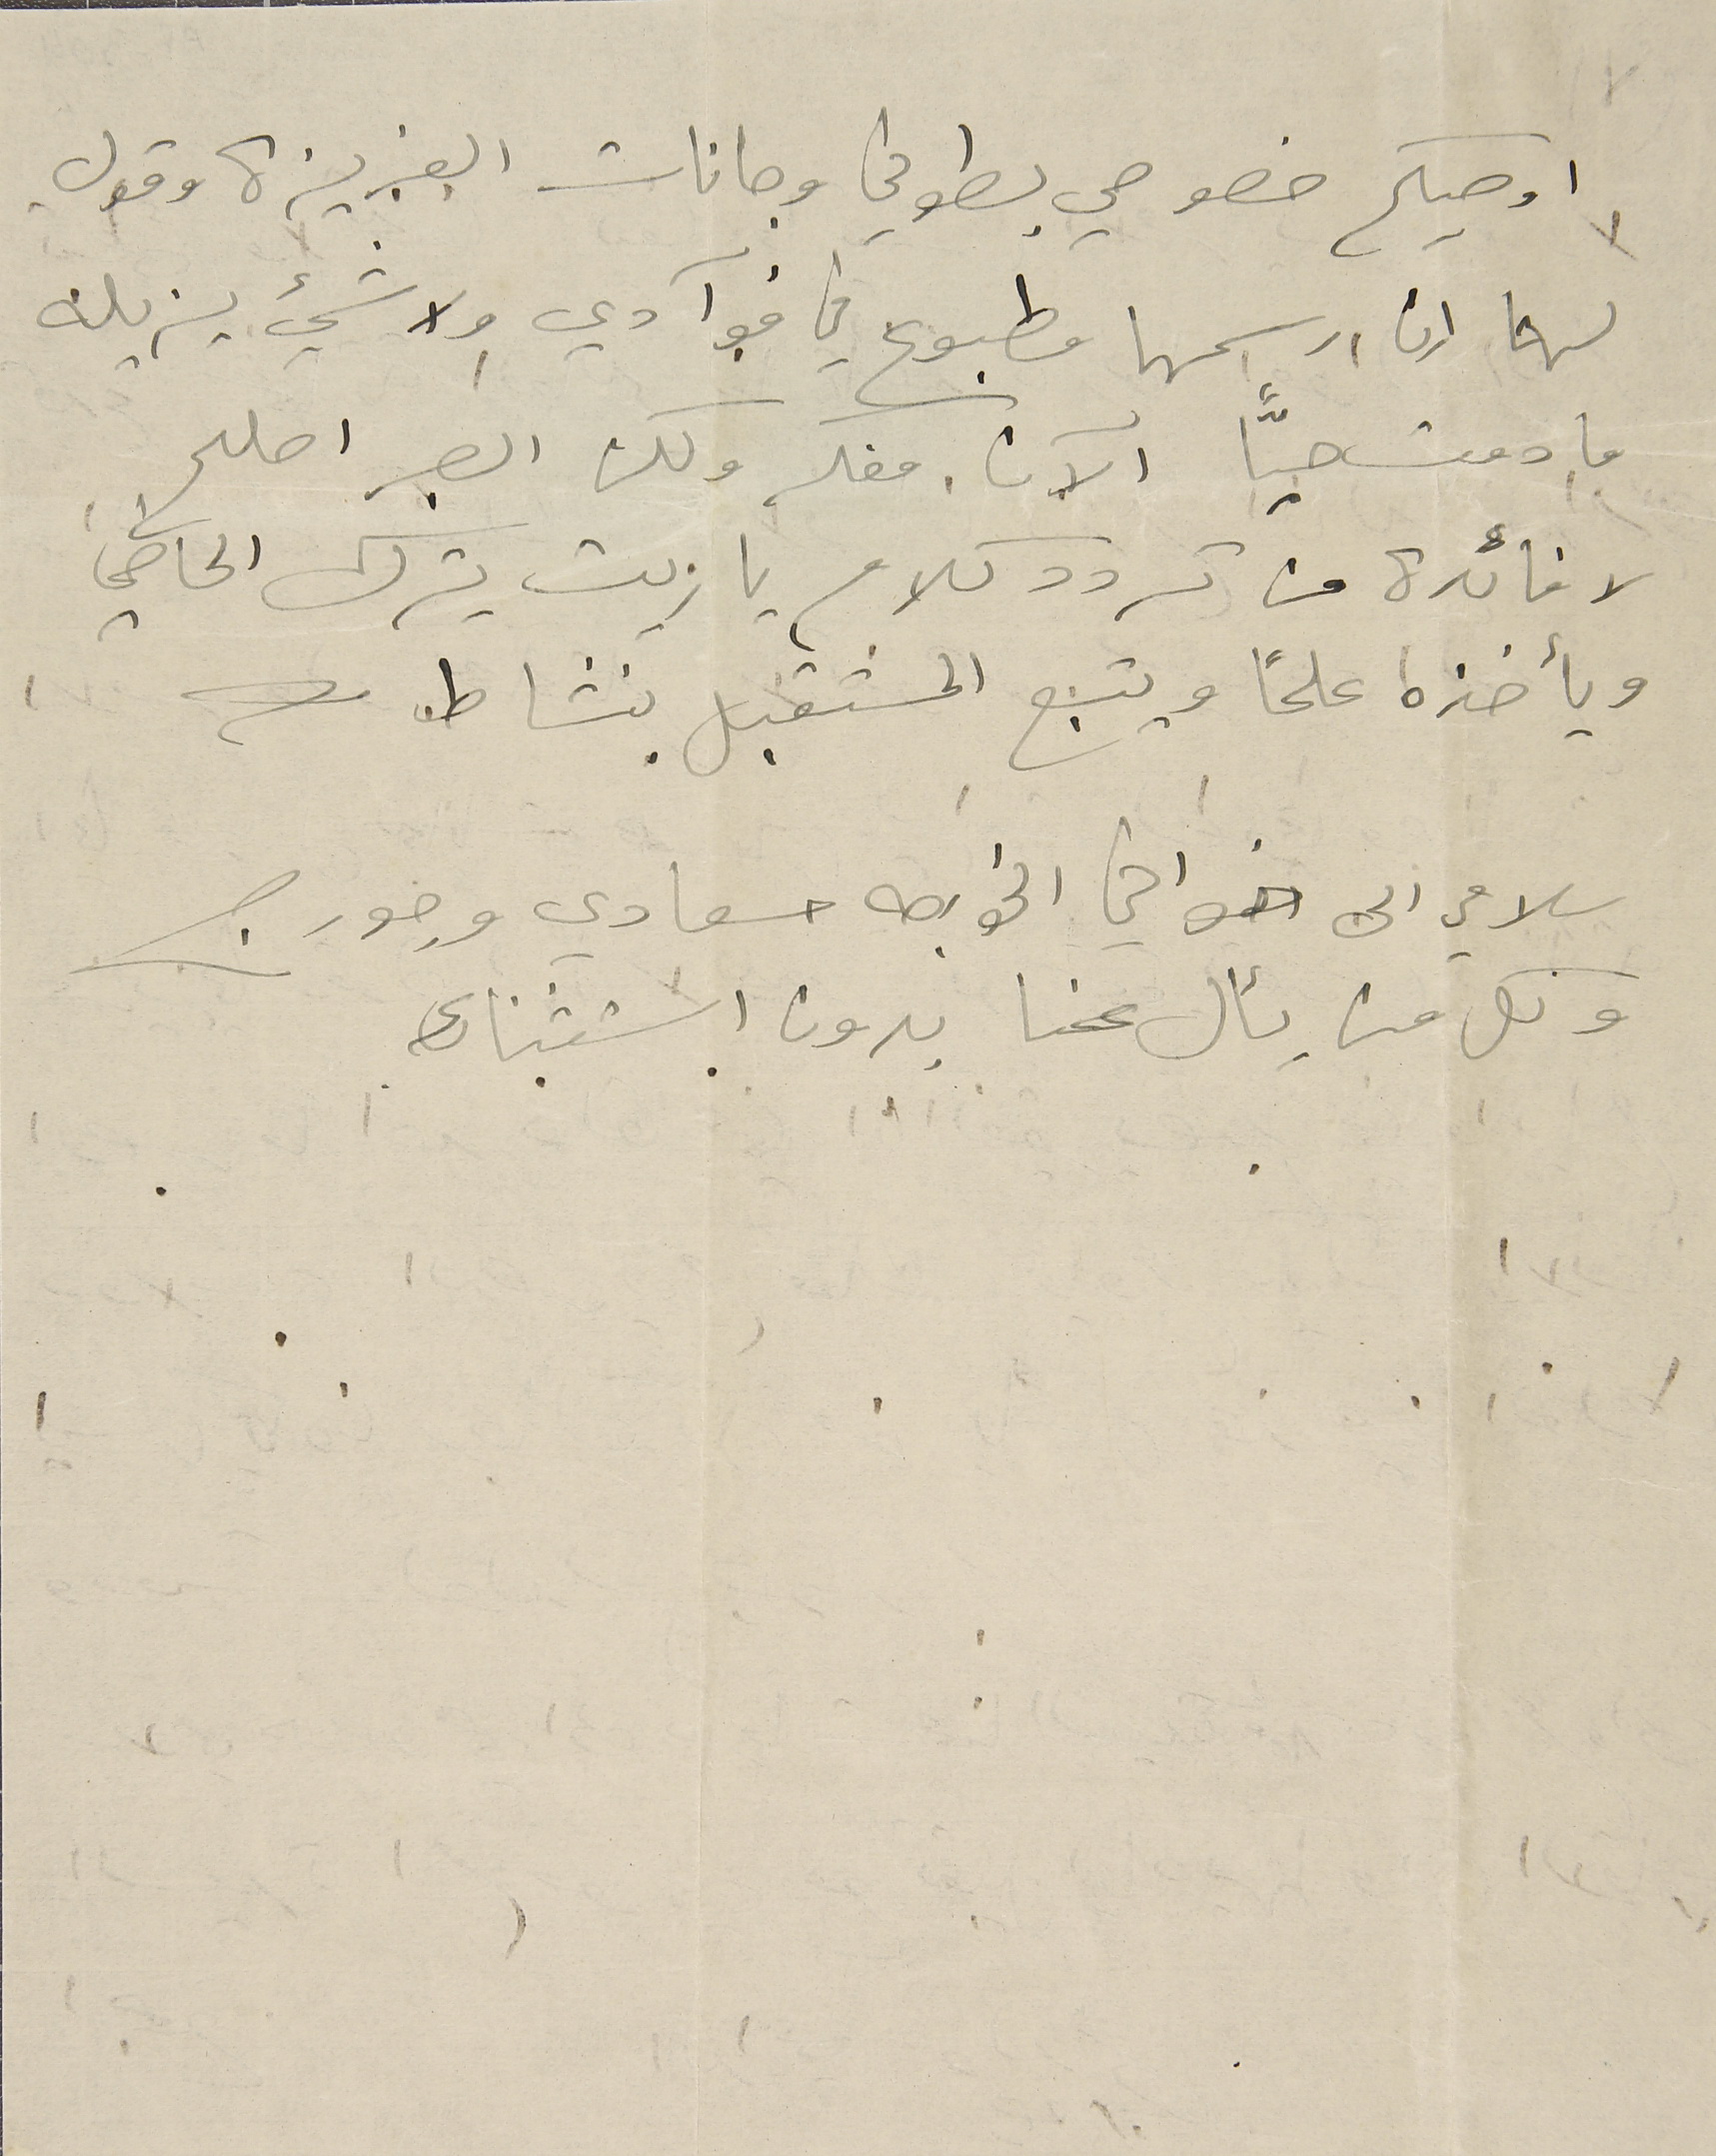
واوصيكم خصوصي بطوني وجانات العزيزة وقول
لهما إن رسمها مطبوع في فوآدي ولا شيء يزيلنه
ما دمت حيّاً الآن. مفكر ولكن الصبر اصلح
لا فائدة من تردد كلام يا ريت يترك الماضي
ويأخذه علماً ويتبع المستقبل بنشاط.
سلامي الى اخواني الخواجه سعادي وجورج
وكل من يسأل عنا بدون استثناء